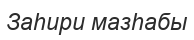
Заһири мазһабы